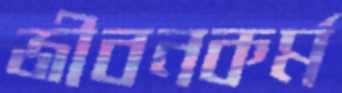
জীবনকর্ম